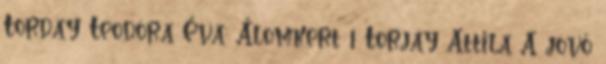
Torday Teodóra Éva: Álomkert 1 Torjay Attila A jövő